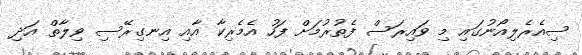
ސިއެރެލިއޯނުގައި މި ވައިރަސް ފެތުރުމަށް ފަހު އެމެރިކާ އާއި އިނގިރޭސި ވިލާތް އަދި